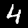
Label: 4